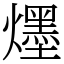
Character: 爅